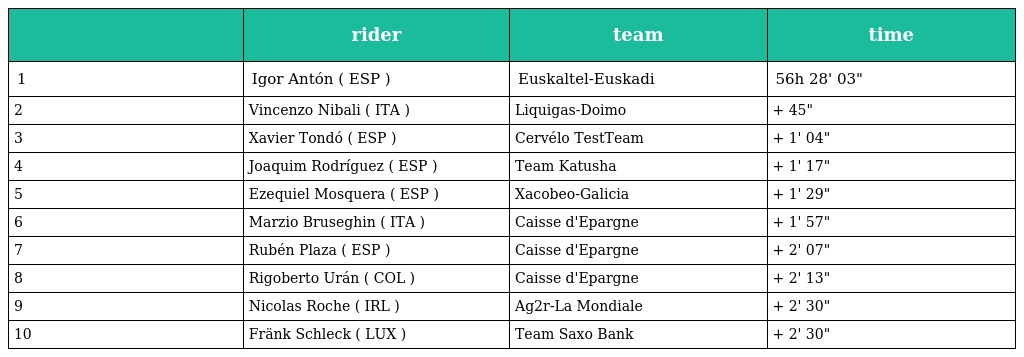
|  | rider | team | time |
 | --- | --- | --- | --- |
 | 1 | Igor Antón ( ESP ) | Euskaltel-Euskadi | 56h 28' 03" |
 | 2 | Vincenzo Nibali ( ITA ) | Liquigas-Doimo | + 45" |
 | 3 | Xavier Tondó ( ESP ) | Cervélo TestTeam | + 1' 04" |
 | 4 | Joaquim Rodríguez ( ESP ) | Team Katusha | + 1' 17" |
 | 5 | Ezequiel Mosquera ( ESP ) | Xacobeo-Galicia | + 1' 29" |
 | 6 | Marzio Bruseghin ( ITA ) | Caisse d'Epargne | + 1' 57" |
 | 7 | Rubén Plaza ( ESP ) | Caisse d'Epargne | + 2' 07" |
 | 8 | Rigoberto Urán ( COL ) | Caisse d'Epargne | + 2' 13" |
 | 9 | Nicolas Roche ( IRL ) | Ag2r-La Mondiale | + 2' 30" |
 | 10 | Fränk Schleck ( LUX ) | Team Saxo Bank | + 2' 30" |